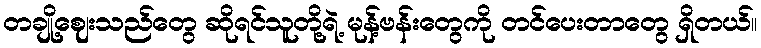
တချို့ဈေးသည်တွေ ဆိုရင်သူတို့ရဲ့ မုန့်ဗန်းတွေကို တင်ပေးတာတွေ ရှိတယ်။